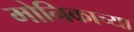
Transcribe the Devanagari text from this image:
मोनिकाच्या